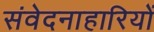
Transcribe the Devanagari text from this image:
संवेदनाहारियों